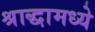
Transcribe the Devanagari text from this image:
श्राद्धामध्ये